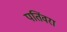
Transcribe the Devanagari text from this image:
पतिंवरा